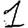
Digit: 1